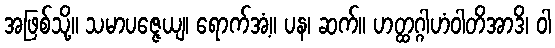
အဖြစ်သို့။ သမာပဇ္ဇေယျ၊ ရောက်အံ့။ ပန၊ ဆက်။ ဟတ္ထဂ္ဂါဟံဝါတိအာဒိ၊ ဝါ